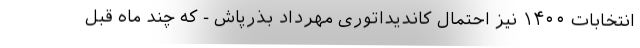
انتخابات ۱۴۰۰ نیز احتمال کاندیداتوری مهرداد بذرپاش - که چند ماه قبل